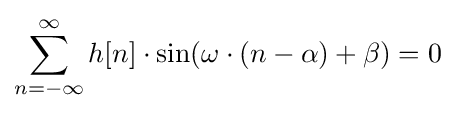
\sum _{n=-\infty }^{\infty }h[n]\cdot \sin(\omega \cdot (n-\alpha )+\beta )=0